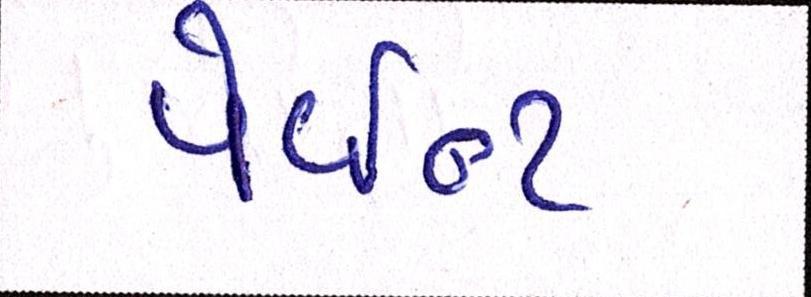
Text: પેઇન્ટ